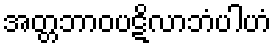
အတ္တဘာဝပဋိလာဘံပါဟံ